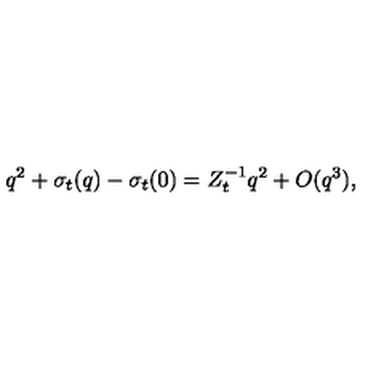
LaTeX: q ^ { 2 } + \sigma _ { t } ( q ) - \sigma _ { t } ( 0 ) = Z _ { t } ^ { - 1 } q ^ { 2 } + O ( q ^ { 3 } ) ,